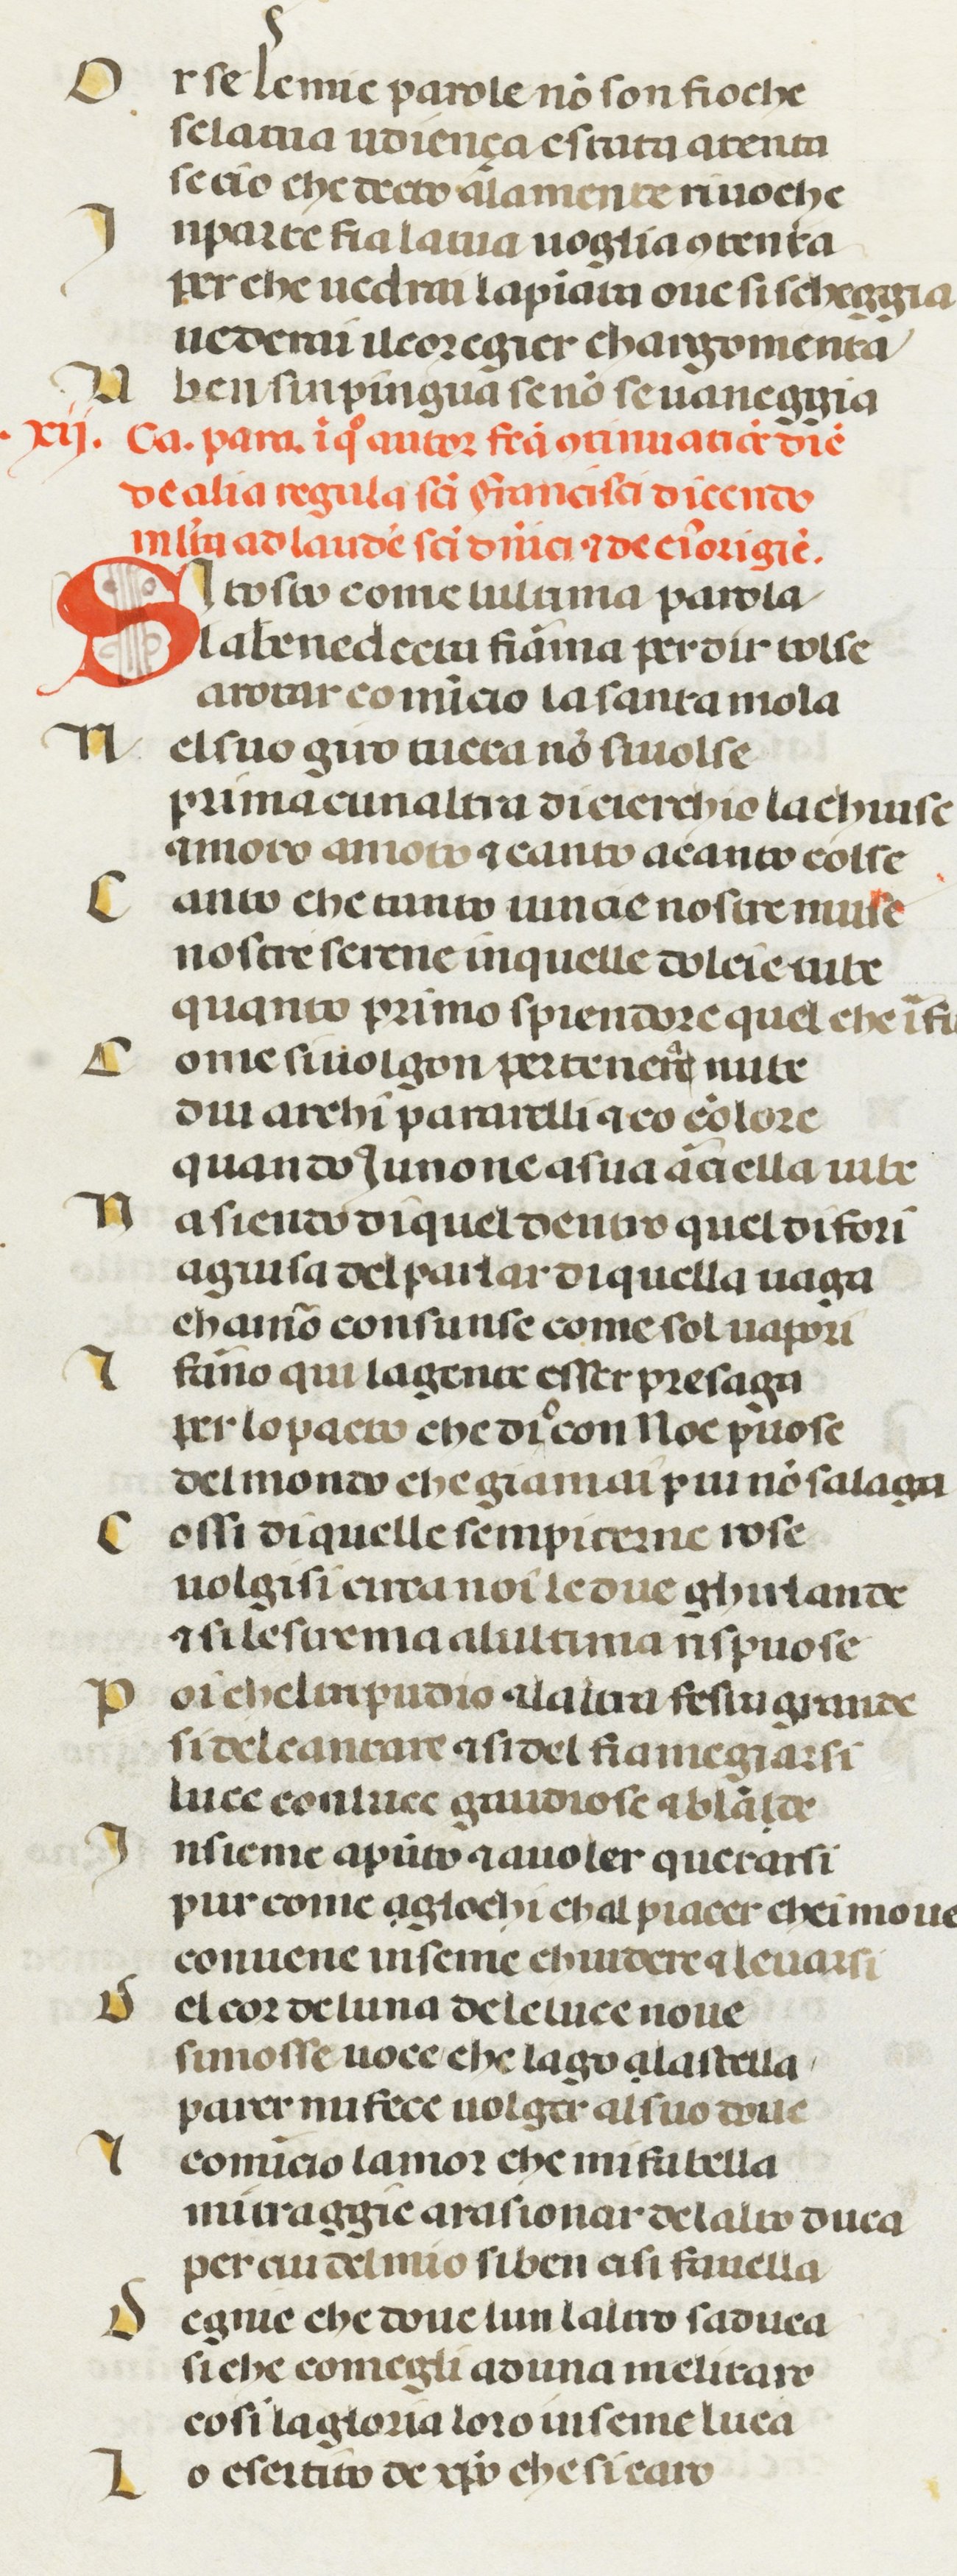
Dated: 1378–1378